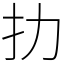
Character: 扐